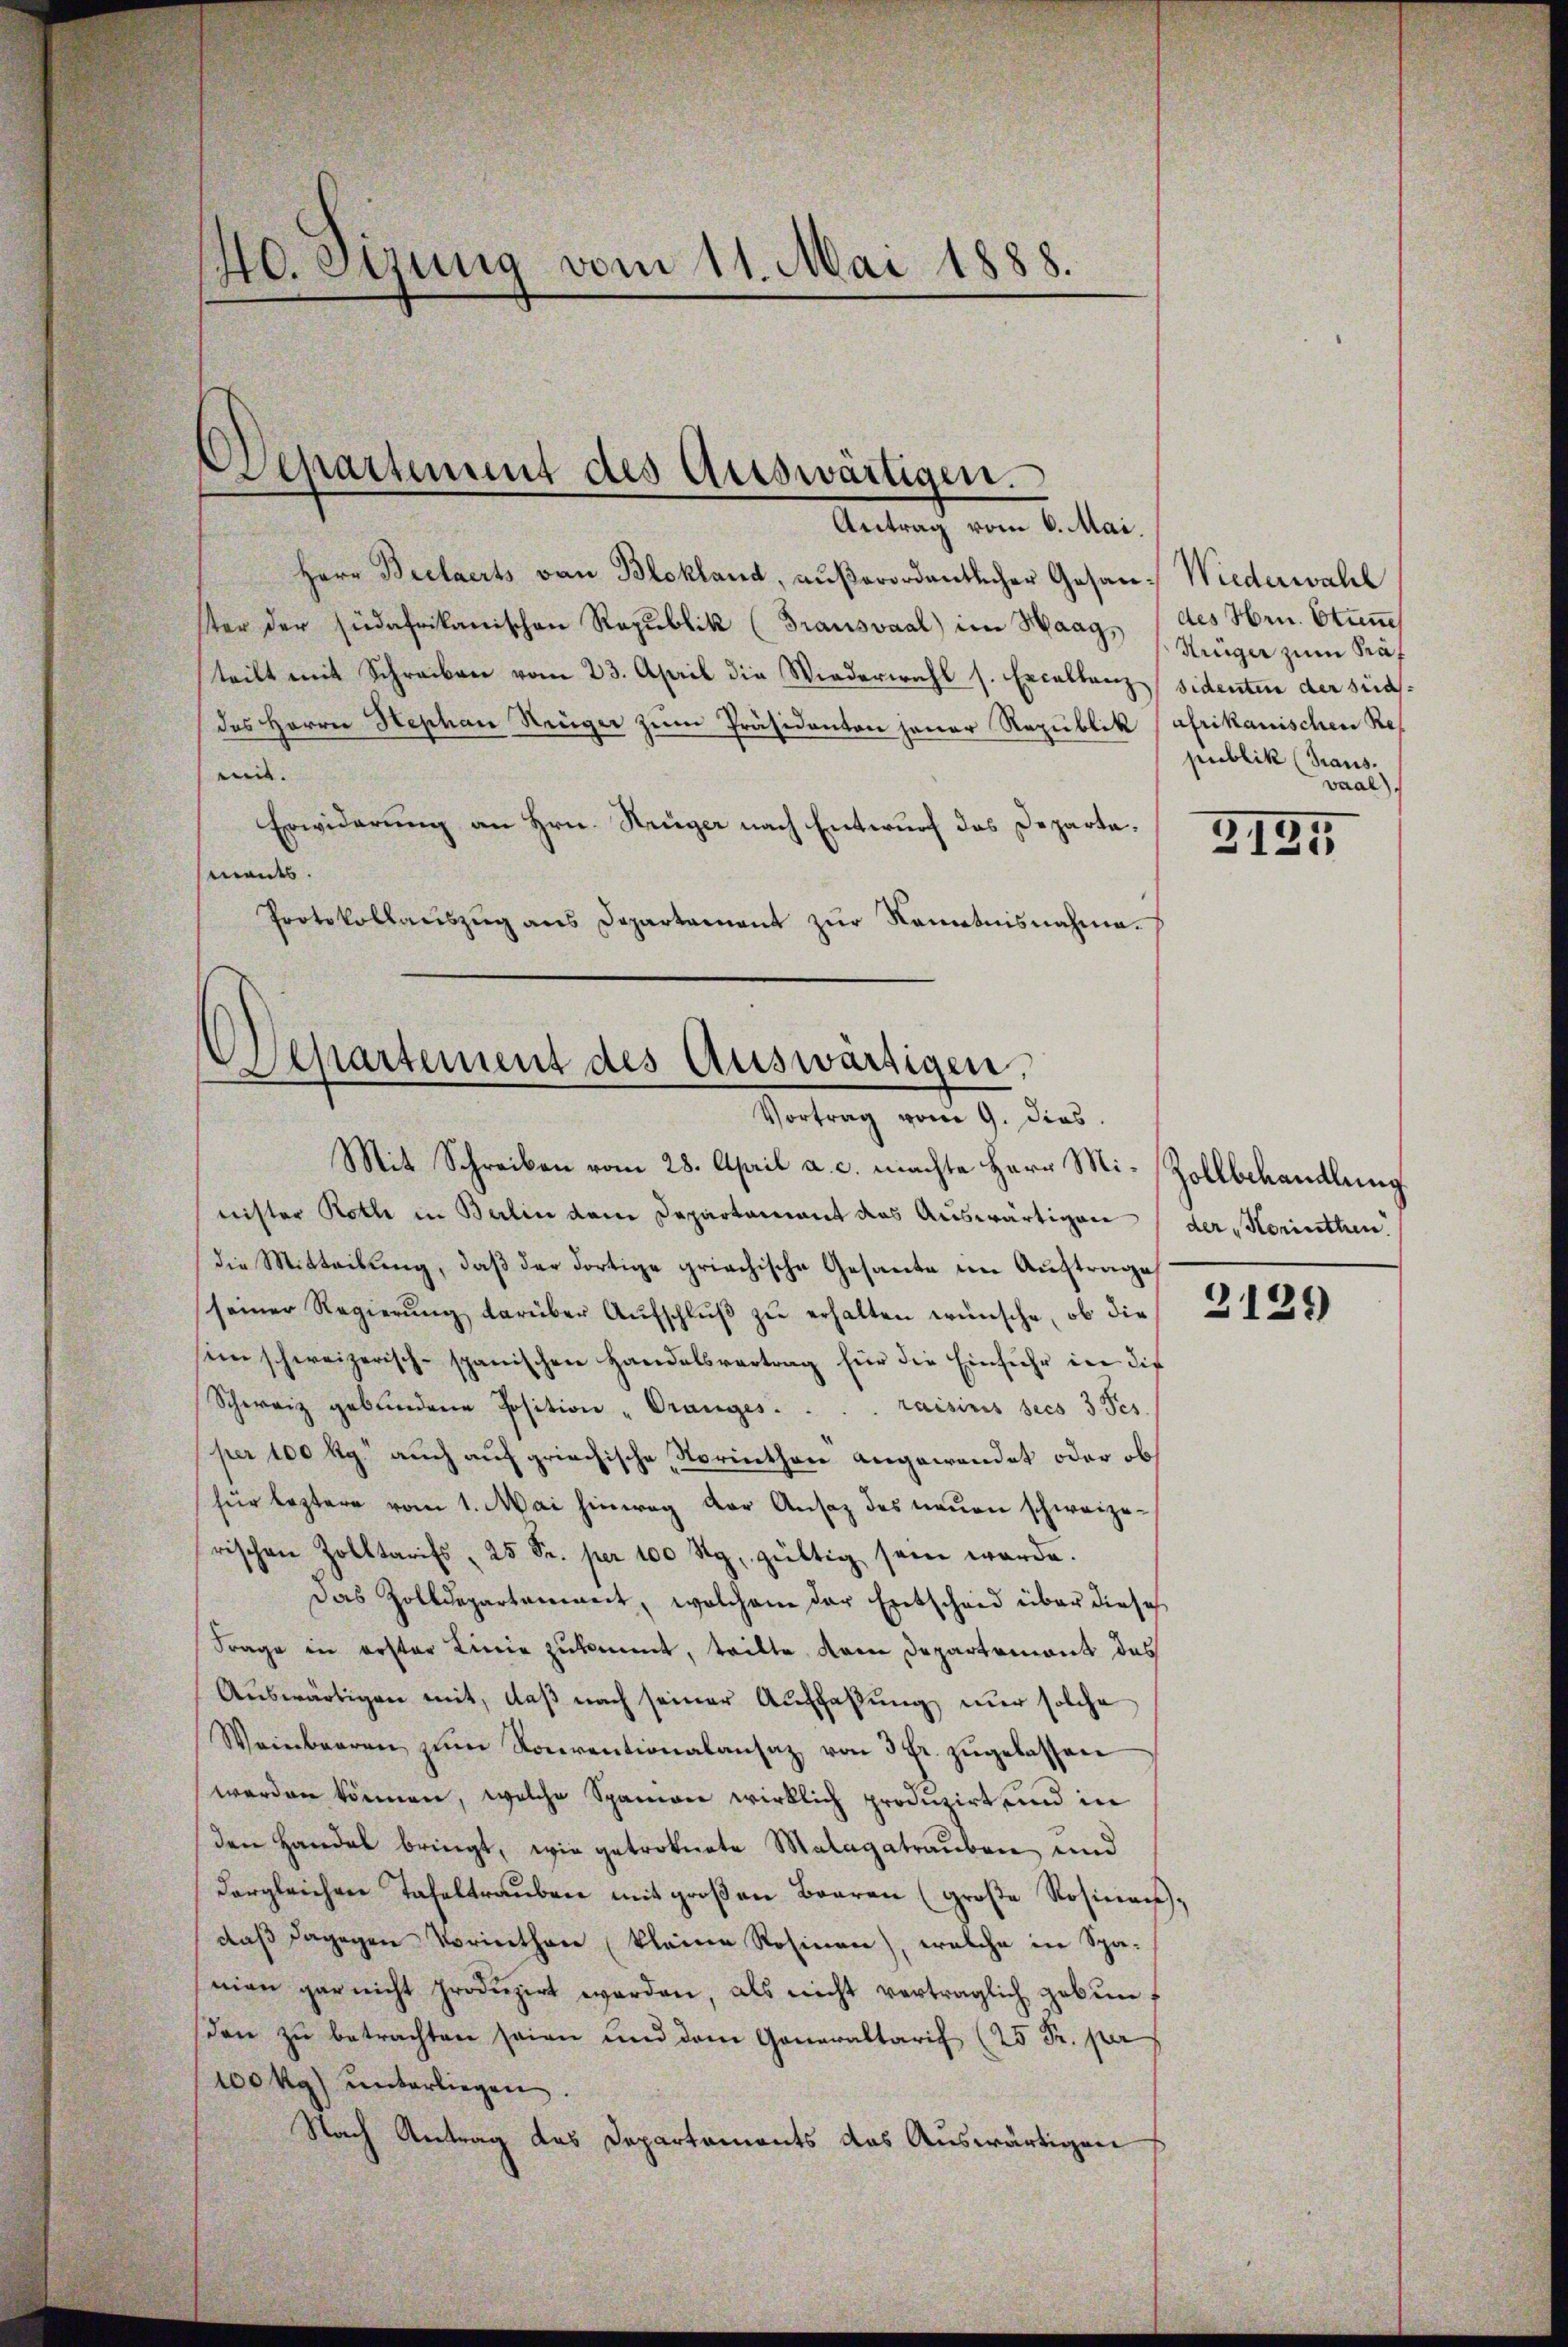
40. Stung vom 11. Mai 1888.

Departement des Auswärtigen.

Antrag vom 6. Mai.
Herr Beelaerts von Blokland, außerordentlicher Gesan- Wiederwahl
ster der südafrikanischen Republik (Grausvaal) im Haag, des Hrn. Stun
teilt mit Schreiben vom 23. April die Wiederwahl s. Excellenz sidenten der sindsdas Herrn Hephan Steiger zum Präsidenten jener Republik afrikanischen Remit.
Erwiderung an Hrn. Strüger nach Entwurf das Departemandes.
Protokollaŭszŭg ans Departament zur Nametnisnahme.

Separtement des Auswärtigen,
Vortrag vom 9. dies

Mit Schreiben vom 28. April a. c. machte Herr Mi-Zollbehandlung
nister Roth in Berlin dem Departament das Auswärtigen (der Korinthen.
die Mitteilung, daß der dortige griechische Gesante im Auftrage
seiner Regierŭng darüber Aŭfschlŭβ zŭ erhalten wünsche, ob die
sein schweizerisch-spanischen Handelsvertrag für die Einfuhr in die
Schweiz gebundene Position "Oranges . . . . raisinis sees 3 Pes
per 100 kg. auch auf griechische Norinthon angewendet oder ob
für leztere vom 1. Mai hinweg der Ansaz des neŭen schweizerischen Zolltarifs, 25 Fr. per 100 Rp. gültig sein werde.
Das Zolldepartenweit, welchem der Entscheid über diese
Frage in erster Linie zukommt, teilte dem Departemont des
Aŭswärtigen mit, daβ nach seiner Auffassŭng nur solche
Weinbaren zŭm Konventionalansaz, von 3 Fr. zugelassen
werden können, welche Spanion wirklich produzirt, und in
den Handel bringt, wie getroknete Malagatrauben und
dergleichen Tafeltraŭben mit groβen Baaren (groβe Rosina,
daβ dagegen Vorinthen kleine Rosinen), welche in Spa-
mien gar nicht produzirt werden, als nicht verträglich gebenf
den zu betrachten seien und dem Generaltarif (25 Fr. per
100 kg) unterliegen.
Nach Antrag das Departaments das Auswärtigen

Hriger zum Kraf
publik (Traus.
vaal.

2135

2129